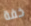
خفة